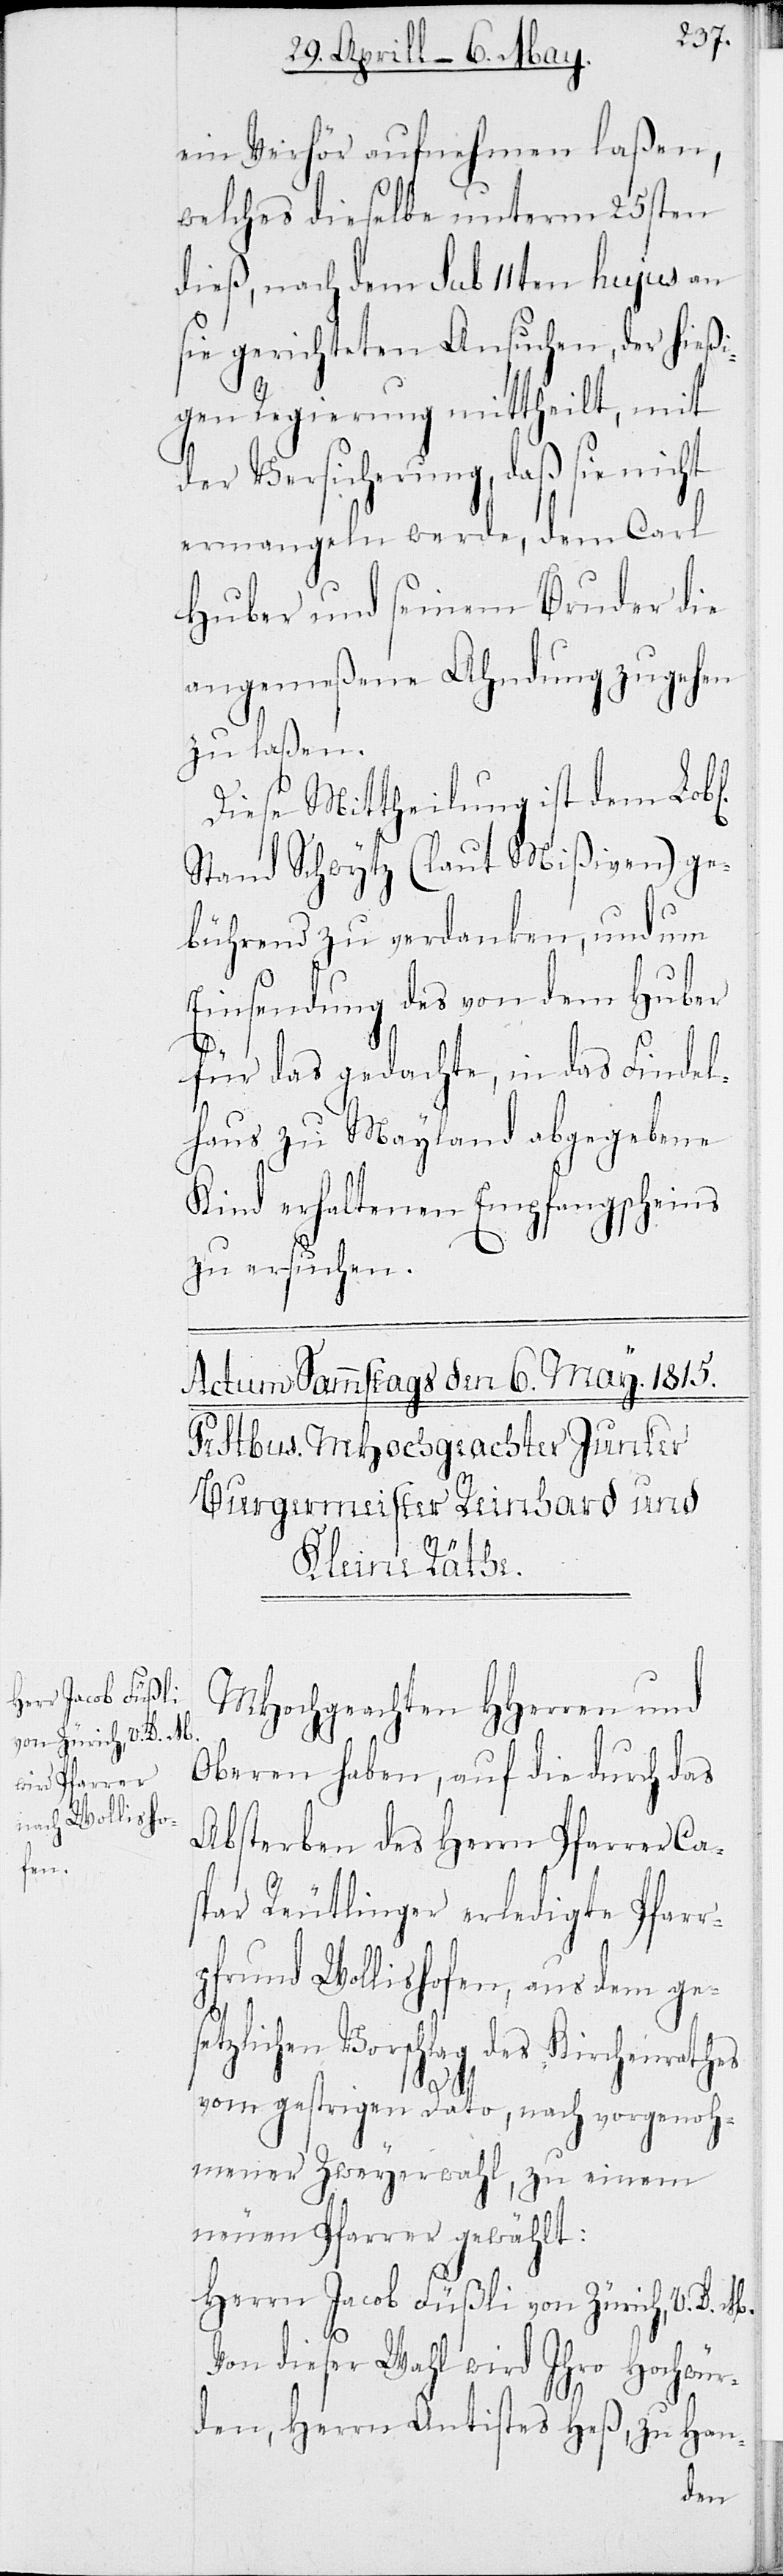
ein Verhör aufnehmen laßen,
welches dieselbe unterm 25sten
dieß, nach dem sub 11ten hujus an
sie gerichteten Ansuchen, der hießi¬
gen Regierung mittheilt, mit
der Versicherung, daß sie nicht
ermangeln werde, dem Carl
Huber und seinem Bruder die
angemeßene Ahndung zugehen
zu laßen.
Diese Mittheilung ist dem Lobl.
Stand Schwytz (laut Mißiven) ge¬
bührend zu verdanken, und um
Einsendung des von dem Huber
für das gedachte, in das Findel¬
haus Mayland abgegebene
Kind erhaltenen Empfangscheins
zu ersuchen.
MHochgeachten HHerren und
Oberen haben, auf die durch das
Absterben des Herrn Pfarrer Ca¬
spar Reutlinger erledigte Pfarr¬
pfrund Wollishofen, aus dem ges¬
etzlichen Vorschlag des Kirchenrathes
vom gestrigen Dato, nach vorgenoh¬
mener Zweyerwahl, zu einem
neuen Pfarrer gewählt:
Herrn Jacob Füßli von Zürich, V.D.M.
Von dieser Wahl wird Ihro Hochwür¬
den, Herrn Antistes Heß, zu Han-